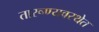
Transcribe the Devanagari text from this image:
तारूण्यवस्थेत